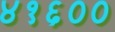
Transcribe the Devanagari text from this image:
४१६००